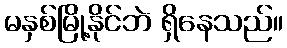
မနှစ်မြို့နိုင်ဘဲ ရှိနေသည်။